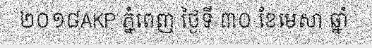
២០១៨AKP ភ្នំពេញ ថ្ងៃទី ៣០ ខែមេសា ឆ្នាំ